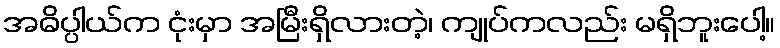
အဓိပ္ပါယ်က ငုံးမှာ အမြီးရှိလားတဲ့၊ ကျုပ်ကလည်း မရှိဘူးပေါ့။